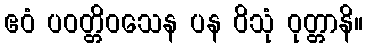
ဧဝံ ပဝတ္တိဝသေန ပန ဝိသုံ ဝုတ္တာနိ။